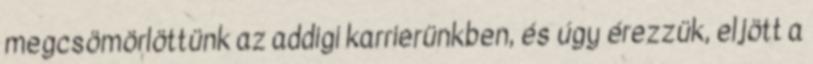
megcsömörlöttünk az addigi karrierünkben, és úgy érezzük, eljött a